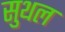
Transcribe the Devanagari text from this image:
सुथल